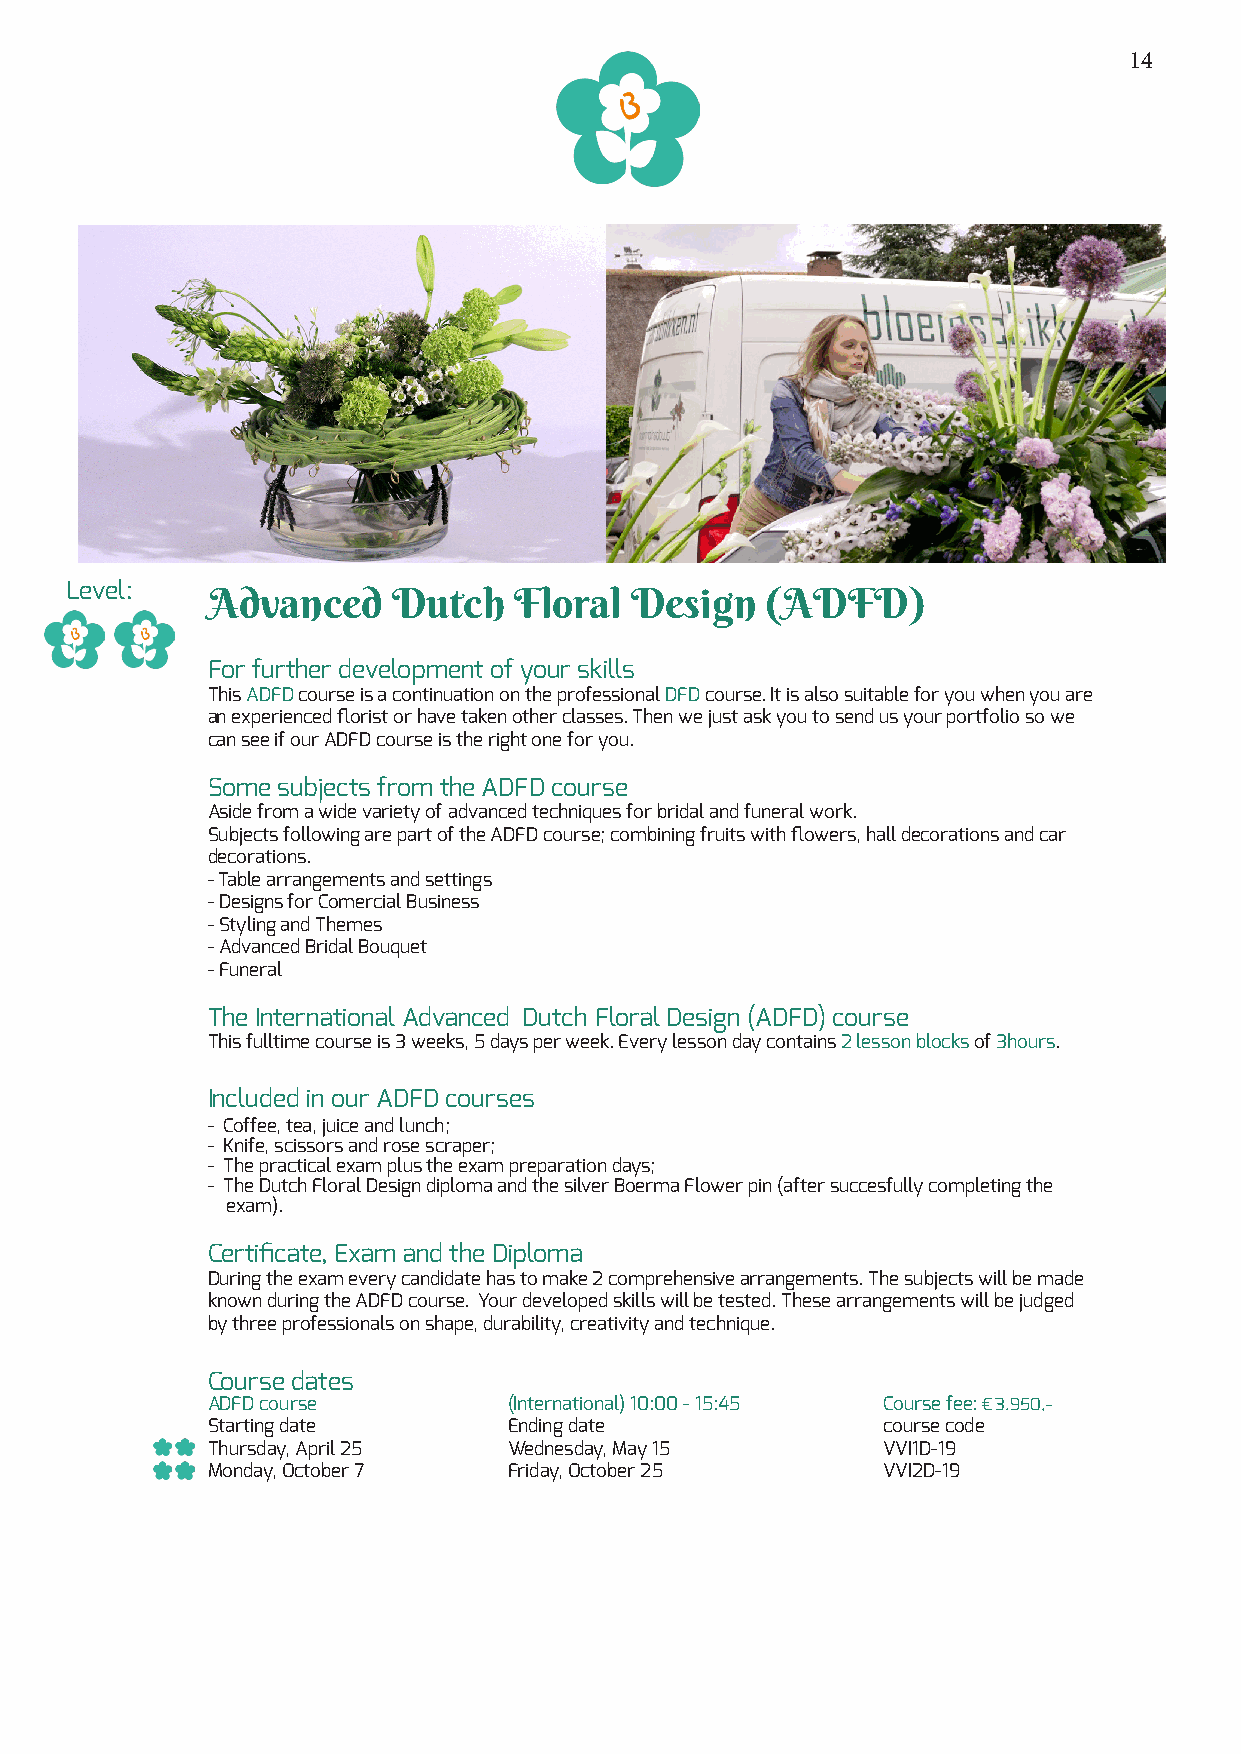
14
 Level:
 Advanced    Dutch   Floral  Design   (ADFD)
 For further development of your skills
 This ADFD course is a continuation on the professional DFD course. It is also suitable for you when you are
 an experienced florist or have taken other classes. Then we just ask you to send us your portfolio so we
 can see if our ADFD course is the right one for you.
 Some subjects from the ADFD course
 Aside from a wide variety of advanced techniques for bridal and funeral work.
 Subjects following are part of the ADFD course; combining fruits with flowers, hall decorations and car
 decorations.
 - Table arrangements and settings
 - Designs for Comercial Business
 - Styling and Themes
 - Advanced Bridal Bouquet
 - Funeral
 The International Advanced Dutch Floral Design (ADFD) course
 This fulltime course is 3 weeks, 5 days per week. Every lesson day contains 2 lesson blocks of 3hours.
 Included in our ADFD courses
 - Coffee, tea, juice and lunch;
 - Knife, scissors and rose scraper;
 - The practical exam plus the exam preparation days;
 - The Dutch Floral Design diploma and the silver Boerma Flower pin (after succesfully completing the
 exam).
 Certificate, Exam and the Diploma
 During the exam every candidate has to make 2 comprehensive arrangements. The subjects will be made
 known during the ADFD course. Your developed skills will be tested. These arrangements will be judged
 by three professionals on shape, durability, creativity and technique.
 Course dates
 ADFD course         (International) 10:00 - 15:45 Course fee: € 3.950,-
 Starting date       Ending date             course code
 Thursday, April 25  Wednesday, May 15       VVI1D-19
 Monday, October 7   Friday, October 25      VVI2D-19